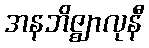
အနဘိဇ္ဈာလုနီ